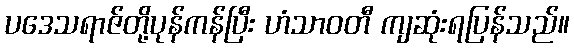
ပဒေသရာဇ်တို့ပုန်ကန်ပြီး ဟံသာဝတီ ကျဆုံးရပြန်သည်။